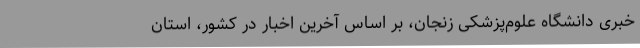
خبری دانشگاه علوم‌پزشکی زنجان، بر اساس آخرین اخبار در کشور، استان